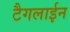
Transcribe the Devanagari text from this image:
टैगलाईन